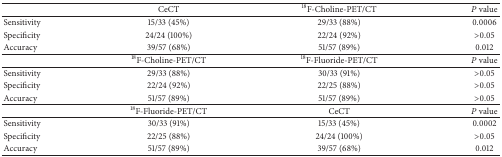
|  | CeCT | 18F-Choline-PET/CT | P value |
 | --- | --- | --- | --- |
 | Sensitivity | 15/33 (45%) | 29/33 (88%) | 0.0006 |
 | Specificity | 24/24 (100%) | 22/24 (92%) | >0.05 |
 | Accuracy | 39/57 (68%) | 51/57 (89%) | 0.012 |
 |  | 18F-Choline-PET/CT | 18F-Fluoride-PET/CT | P value |
 | Sensitivity | 29/33 (88%) | 30/33 (91%) | >0.05 |
 | Specificity | 22/24 (92%) | 22/25 (88%) | >0.05 |
 | Accuracy | 51/57 (89%) | 51/57 (89%) | >0.05 |
 |  | 18F-Fluoride-PET/CT | CeCT | P value |
 | Sensitivity | 30/33 (91%) | 15/33 (45%) | 0.0002 |
 | Specificity | 22/25 (88%) | 24/24 (100%) | >0.05 |
 | Accuracy | 51/57 (89%) | 39/57 (68%) | 0.012 |